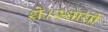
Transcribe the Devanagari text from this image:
थे।स्थायी